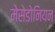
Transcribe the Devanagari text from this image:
मेसेडोनियन